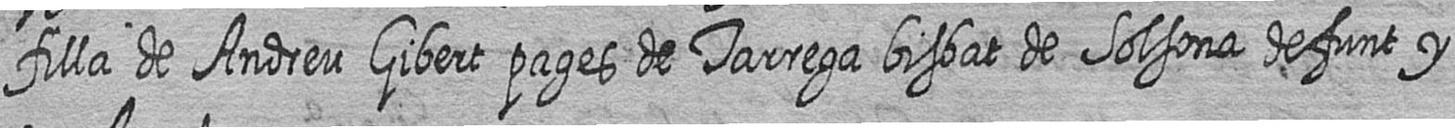
filla de Andreu Gibert pages de Tarrega bisbat de Solsona defunt y